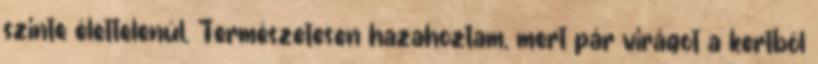
szinte élettelenül. Természetesen hazahoztam, mert pár virágot a kertből